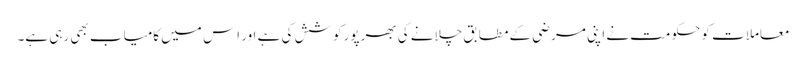
معاملات کو حکومت نے اپنی مرضی کے مطابق چلانے کی بھرپور کوشش کی ہے اور اِس میں کامیاب بھی رہی ہے۔